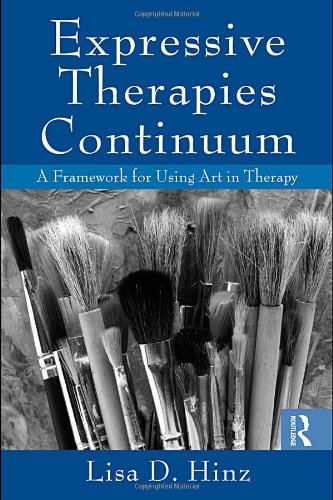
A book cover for Expressive Therapies Continuum: A Framework for Using Art in Therapy; Lisa D. Hinz; Medical Books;